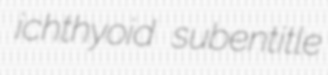
ichthyoid subentitle